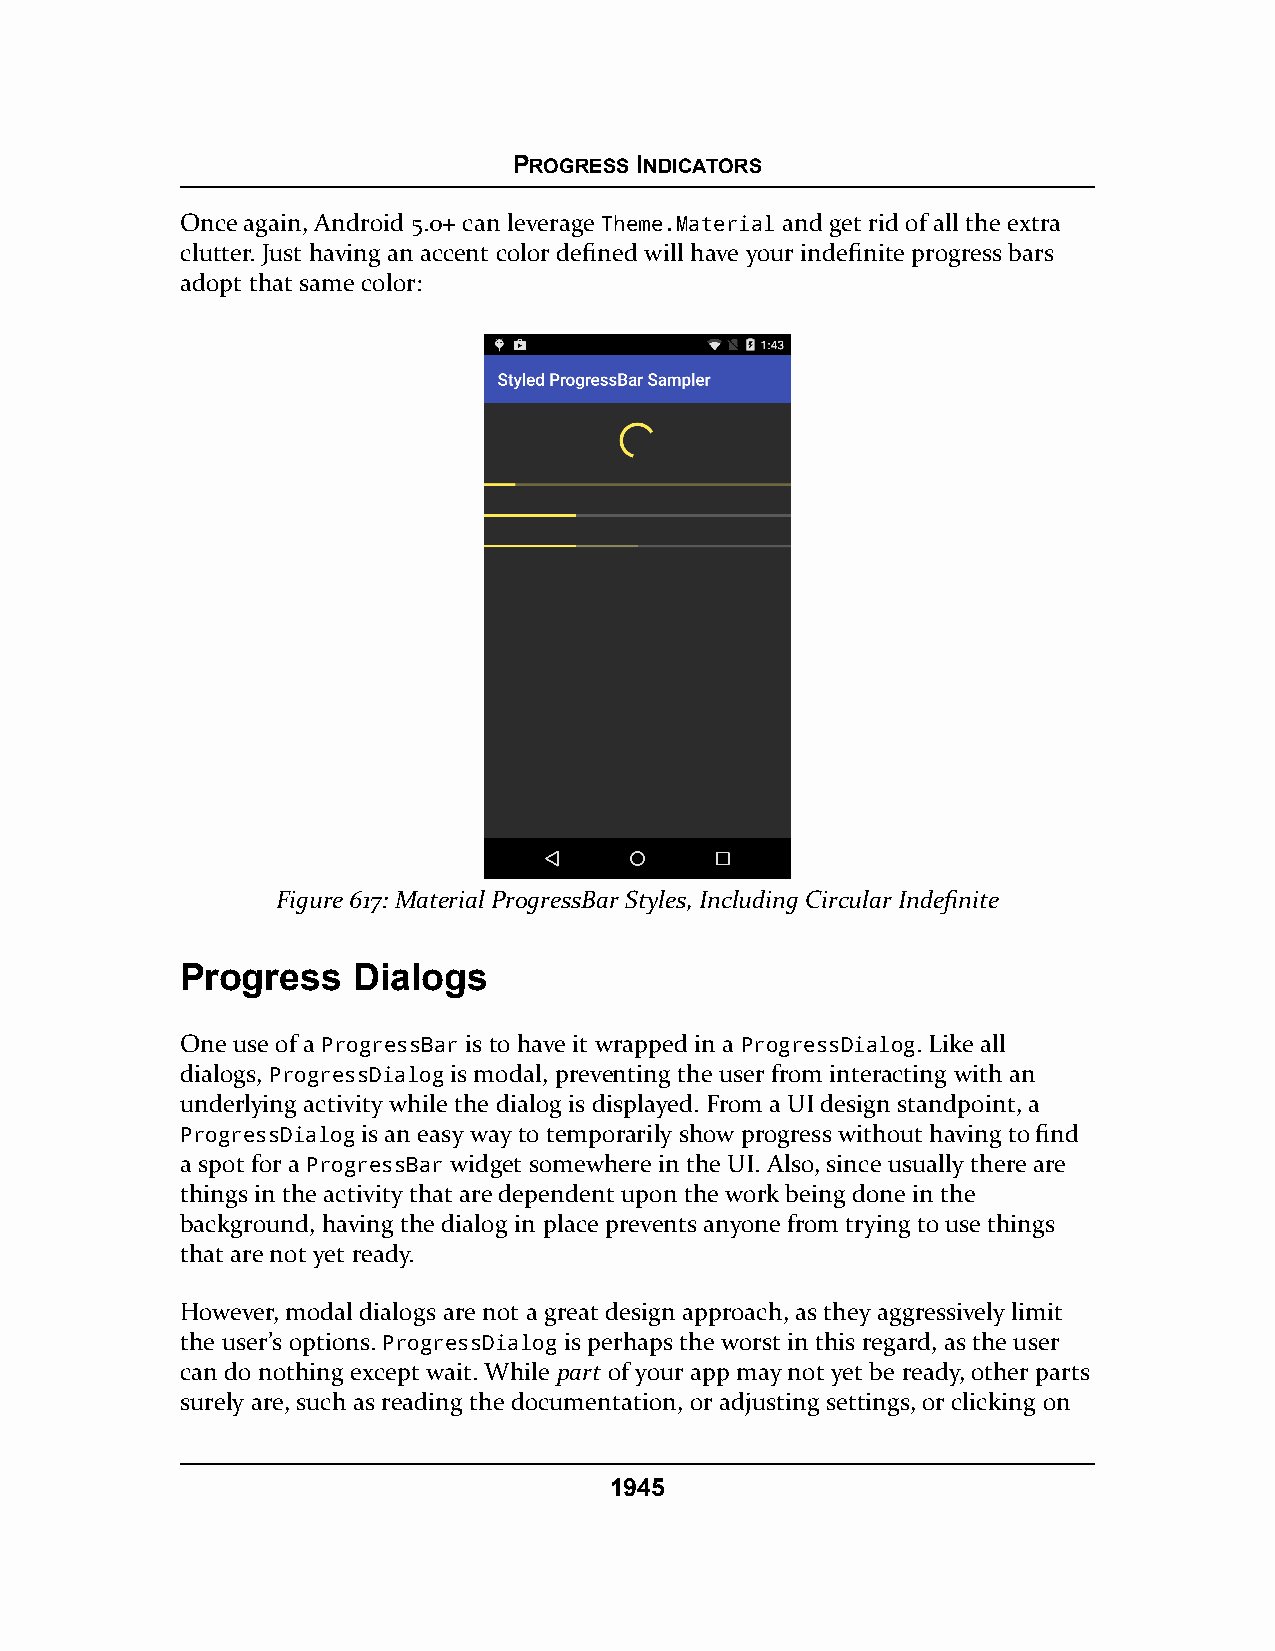
PROGRESS INDICATORS
 Once again, Android 5.0+ can leverage Theme.Material and get rid of all the extra
 clutter. Just having an accent color defined will have your indefinite progress bars
 adopt that same color:
 Figure 617: Material ProgressBar Styles, Including Circular Indefinite
 Progress   Dialogs
 One use of a ProgressBar is to have it wrapped in a ProgressDialog. Like all
 dialogs, ProgressDialog is modal, preventing the user from interacting with an
 underlying activity while the dialog is displayed. From a UI design standpoint, a
 ProgressDialog is an easy way to temporarily show progress without having to find
 a spot for a ProgressBar widget somewhere in the UI. Also, since usually there are
 things in the activity that are dependent upon the work being done in the
 background, having the dialog in place prevents anyone from trying to use things
 that are not yet ready.
 However, modal dialogs are not a great design approach, as they aggressively limit
 the user’s options. ProgressDialog is perhaps the worst in this regard, as the user
 can do nothing except wait. While part of your app may not yet be ready, other parts
 surely are, such as reading the documentation, or adjusting settings, or clicking on
 1945